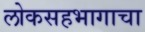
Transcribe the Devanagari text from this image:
लोकसहभागाचा